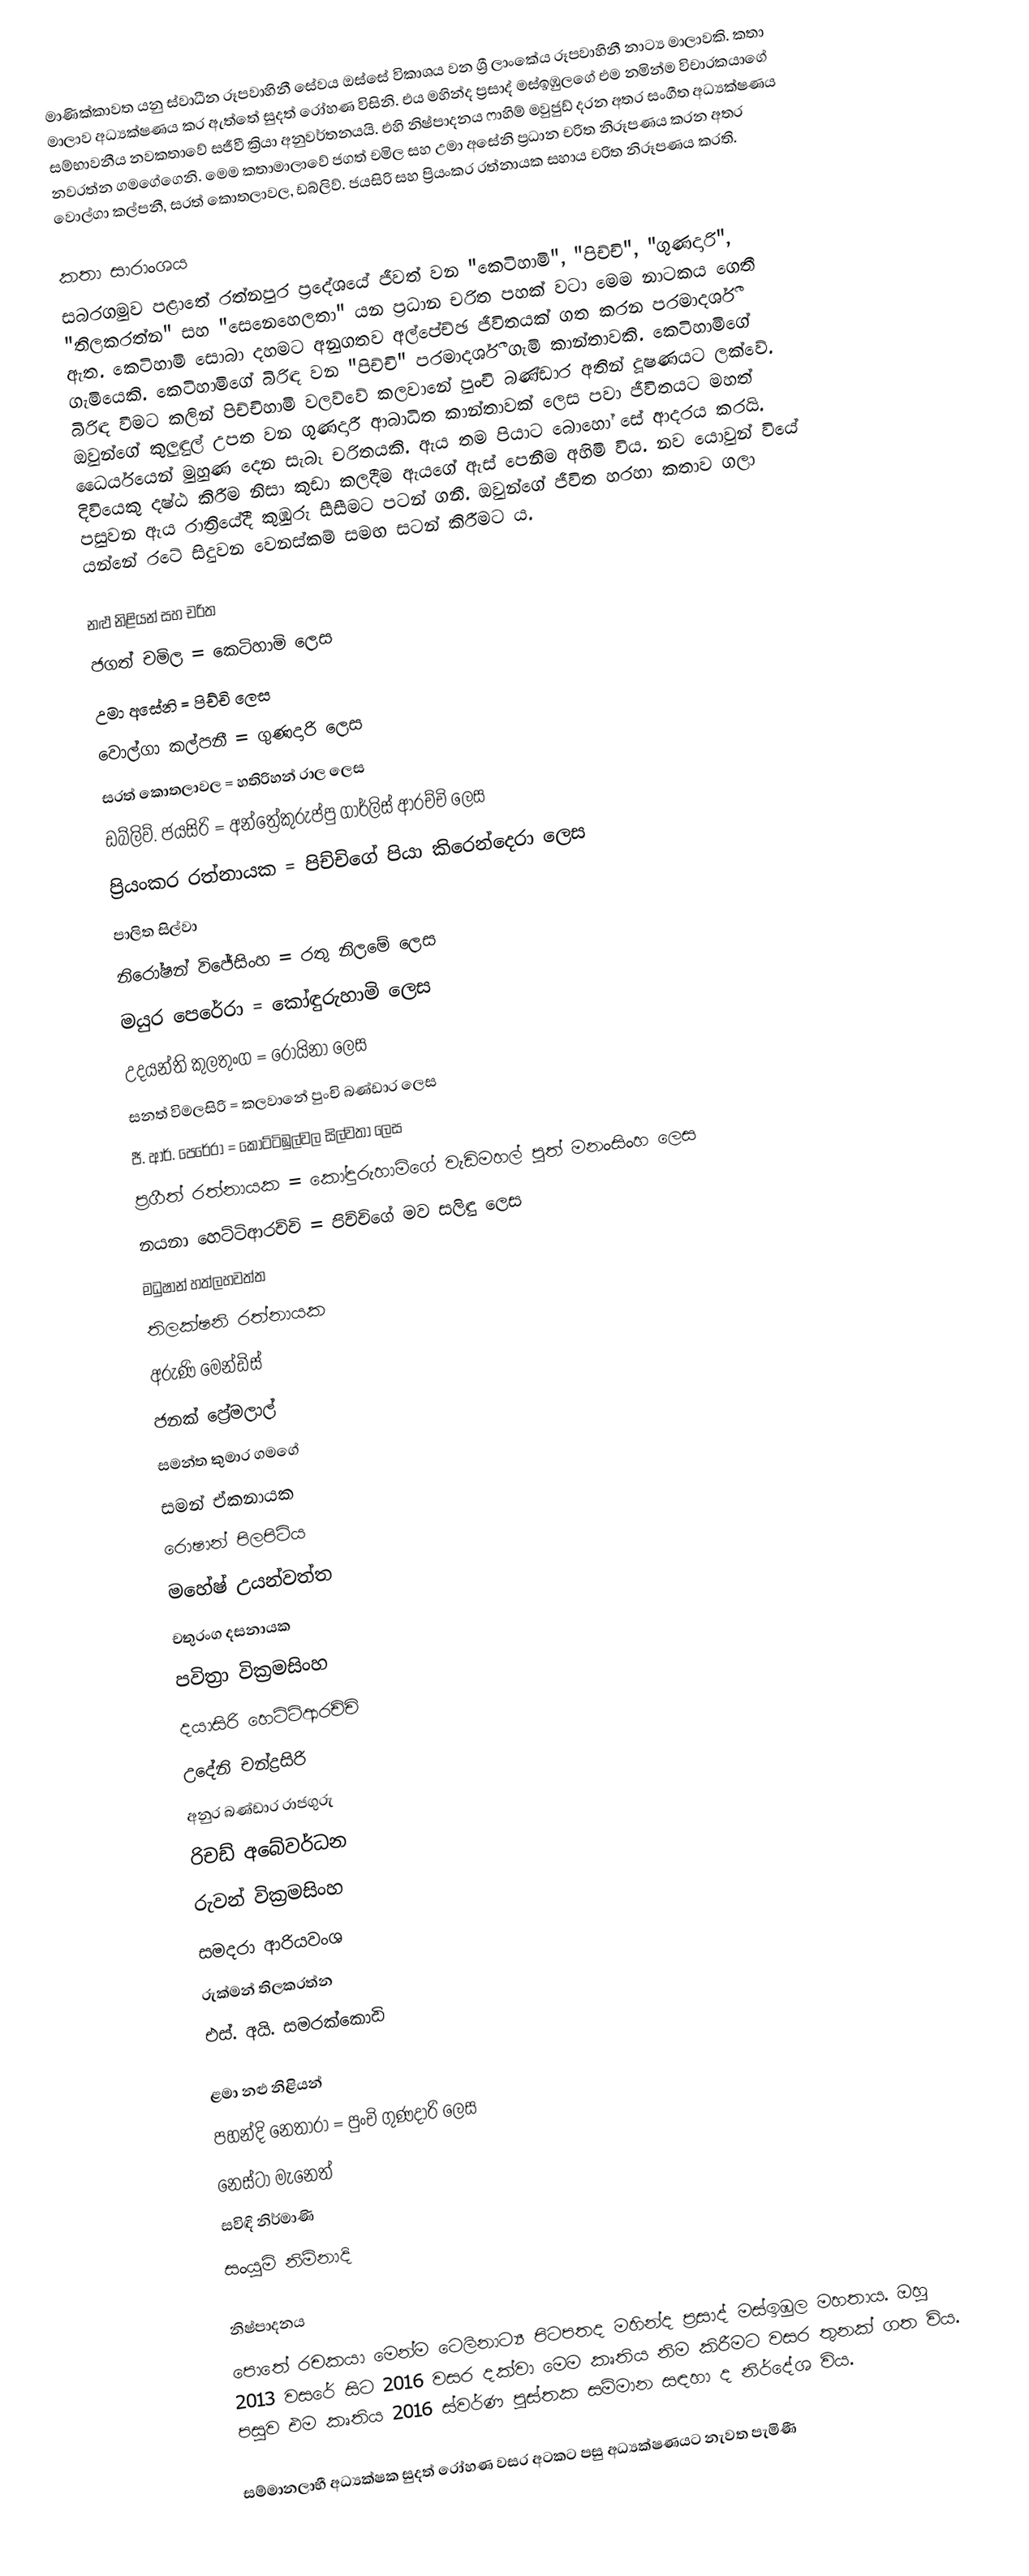
මාණික්කාවත යනු ස්වාධීන රූපවාහිනී සේවය ඔස්සේ විකාශය වන ශ්‍රී ලාංකේය රූපවාහිනී නාට්‍ය මාලාවකි. කතා මාලාව අධ්‍යක්ෂණය කර ඇත්තේ සුදත් රෝහණ විසිනි. එය මහින්ද ප්‍රසාද් මස්ඉඹුලගේ එම නමින්ම විචාරකයාගේ සම්භාවනීය නවකතාවේ සජීවී ක්‍රියා අනුවර්තනයයි. එහි නිෂ්පාදනය ෆාහිම් මවුජුඩ් දරන අතර සංගීත අධ්‍යක්ෂණය නවරත්න ගමගේගෙනි. මෙම කතාමාලාවේ ජගත් චමිල සහ උමා අසේනි ප්‍රධාන චරිත නිරූපණය කරන අතර වොල්ගා කල්පනී, සරත් කොතලාවල, ඩබ්ලිව්. ජයසිරි සහ ප්‍රියංකර රත්නායක සහාය චරිත නිරූපණය කරති.

කතා සාරාංශය
සබරගමුව පළාතේ රත්නපුර ප්‍රදේශයේ ජීවත් වන "කෙටිහාමි", "පිච්චි", "ගුණදාරි", "තිලකරත්න" සහ "සෙනෙහෙලතා" යන ප්‍රධාන චරිත පහක් වටා මෙම නාටකය ගෙතී ඇත. කෙටිහාමි සොබා දහමට අනුගතව අල්පේච්ඡ ජීවිතයක් ගත කරන පරමාදර්ශී ගැමියෙකි. කෙටිහාමිගේ බිරිඳ වන "පිච්චි" පරමාදර්ශී ගැමි කාන්තාවකි. කෙටිහාමිගේ බිරිඳ වීමට කලින් පිච්චිහාමි වලව්වේ කලවානේ පුංචි බණ්ඩාර අතින් දූෂණයට ලක්වේ. ඔවුන්ගේ කුලුඳුල් උපත වන ගුණදාරී ආබාධිත කාන්තාවක් ලෙස පවා ජීවිතයට මහත් ධෛර්යයෙන් මුහුණ දෙන සැබෑ චරිතයකි. ඇය තම පියාට බොහෝ සේ ආදරය කරයි. දිවියෙකු දෂ්ඨ කිරීම නිසා කුඩා කලදීම ඇයගේ ඇස් පෙනීම අහිමි විය. නව යොවුන් වියේ පසුවන ඇය රාත්‍රියේදී කුඹුරු සීසීමට පටන් ගනී. ඔවුන්ගේ ජීවිත හරහා කතාව ගලා යන්නේ රටේ සිදුවන වෙනස්කම් සමඟ සටන් කිරීමට ය.

නළු නිළියන් සහ චරිත
 ජගත් චමිල = කෙටිහාමි ලෙස
 උමා අසේනි = පිච්චි ලෙස
 වොල්ගා කල්පනී = ගුණදාරි ලෙස
 සරත් කොතලාවල = හතිරිහන් රාල ලෙස
 ඩබ්ලිව්. ජයසිරි = අන්ත්‍රේකුරුප්පු ගාර්ලිස් ආරච්චි ලෙස
 ප්‍රියංකර රත්නායක = පිච්චිගේ පියා කිරෙන්දෙරා ලෙස
 පාලිත සිල්වා
 නිරෝෂන් විජේසිංහ = රතු නිලමේ ලෙස
 මයුර පෙරේරා = කෝඳුරුහාමි ලෙස
 උදයන්ති කුලතුංග = රොයිනා ලෙස
 සනත් විමලසිරි = කලවානේ පුංචි බණ්ඩාර ලෙස
 ජී. ආර්. පෙරේරා = කොට්ටිඹුල්වල සිල්වතා ලෙස
 ප්‍රගීත් රත්නායක = කෝඳුරුහාමිගේ වැඩිමහල් පුත් මනංසිංහ ලෙස
 නයනා හෙට්ටිආරච්චි = පිච්චිගේ මව සලිඳු ලෙස
 මධුෂාන් හත්ලහවත්ත
 තිලක්ෂනි රත්නායක
 අරුණි මෙන්ඩිස්
 ජනක් ප්‍රේමලාල්
 සමන්ත කුමාර ගමගේ
 සමන් ඒකනායක
 රොෂාන් පිලපිටිය
 මහේෂ් උයන්වත්ත
 චතුරංග දසනායක
 පවිත්‍රා වික්‍රමසිංහ
 දයාසිරි හෙට්ටිආරච්චි
 උදේනි චන්ද්‍රසිරි
 අනුර බණ්ඩාර රාජගුරු
 රිචඩ් අබේවර්ධන
 රුවන් වික්‍රමසිංහ
 සමදරා ආරියවංශ
 රුක්මන් තිලකරත්න
 එස්. අයි. සමරක්කොඩි

ළමා නළු නිළියන්
 පහන්දි නෙතාරා = පුංචි ගුණදාරි ලෙස
 නෙස්ටා මැනෙත්
 සවිඳි නිර්මාණි
 සංයුමි නිම්නාදි

නිෂ්පාදනය
පොතේ රචකයා මෙන්ම ටෙලිනාට්‍ය පිටපතද මහින්ද ප්‍රසාද් මස්ඉඹුල මහතාය. ඔහු 2013 වසරේ සිට 2016 වසර දක්වා මෙම කෘතිය නිම කිරීමට වසර තුනක් ගත විය. පසුව එම කෘතිය 2016 ස්වර්ණ පුස්තක සම්මාන සඳහා ද නිර්දේශ විය.

සම්මානලාභී අධ්‍යක්ෂක සුදත් රෝහණ වසර අටකට පසු අධ්‍යක්ෂණයට නැවත පැමිණී